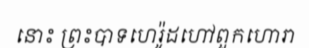
នោះ ព្រះបាទហេរ៉ូដហៅពួកហោរា